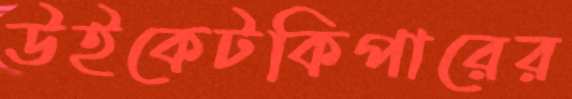
উইকেটকিপারের